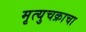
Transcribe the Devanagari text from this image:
मृत्युचक्राचा